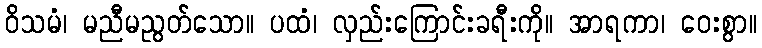
ဝိသမံ၊ မညီမညွတ်သော။ ပထံ၊ လှည်းကြောင်းခရီးကို။ အာရကာ၊ ဝေးစွာ။